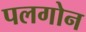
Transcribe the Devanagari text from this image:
पलगोन